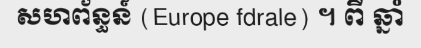
សហព័ន្ធន៍ (Europe fdrale) ។ ពី ឆ្នាំ